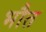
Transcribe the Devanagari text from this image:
भौत